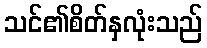
သင်၏စိတ်နှလုံးသည်